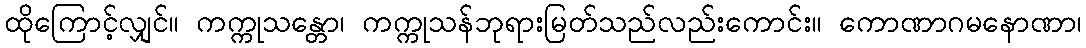
ထိုကြောင့်လျှင်။ ကက္ကုသန္တော၊ ကက္ကုသန်ဘုရားမြတ်သည်လည်းကောင်း။ ကောဏာဂမနောဏာ၊